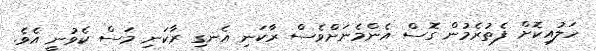
ހަލުއިކޮށް ފެތުރެމުން ގޮސް އެންމެނަށްވެސް ރާކަނި އެނގި ރާކަނި މަސް ކެވުނީ އެވެ.